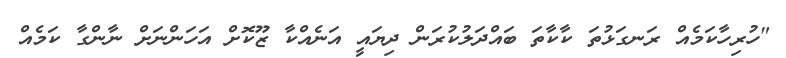
"ހުރިހާކަމެއް ރަނގަޅުތަ ކާކާތަ ބައްދަލުކުރަން ދިޔައީ އަނެއްކާ ޒޫކޮށް އަހަންނަށް ނާންގާ ކަމެއް